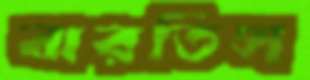
ঝরতিস